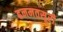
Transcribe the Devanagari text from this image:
हनमतसूरी